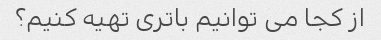
از کجا می توانیم باتری تهیه کنیم؟